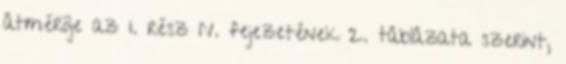
átmérõje az 1. rész IV. fejezetének 2. táblázata szerint,